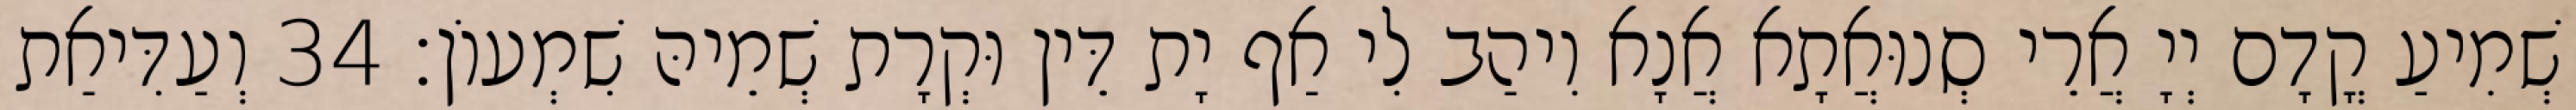
שְׁמִיעַ קֳדָם יְיָ אֲרֵי סְנוּאֲתָא אֲנָא וִיהַב לִי אַף יָת דֵּין וּקְרָת שְׁמֵיהּ שִׁמְעוֹן׃ 34 וְעַדִּיאַת